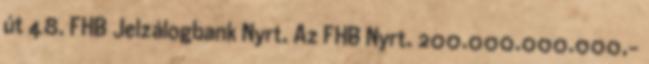
út 48. FHB Jelzálogbank Nyrt. Az FHB Nyrt. 200.000.000.000,-